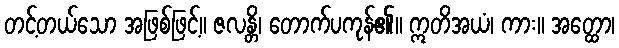
တင့်တယ်သော အဖြစ်ဖြင့်။ ဇလန္တိ၊ တောက်ပကုန်၏။ ဣတိအယံ၊ ကား။ အတ္ထော၊